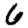
Digit: 6